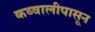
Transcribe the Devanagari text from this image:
कव्वालीपासून